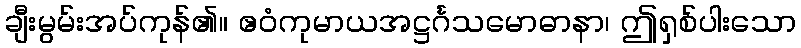
ချီးမွမ်းအပ်ကုန်၏။ ဧဝံကုမာယအဋ္ဌင်္ဂသမောဓာနာ၊ ဤရှစ်ပါးသော